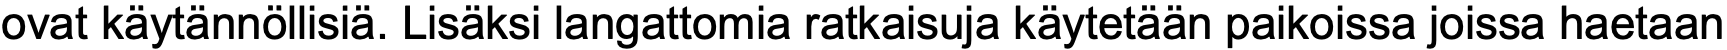
ovat käytännöllisiä. Lisäksi langattomia ratkaisuja käytetään paikoissa joissa haetaan